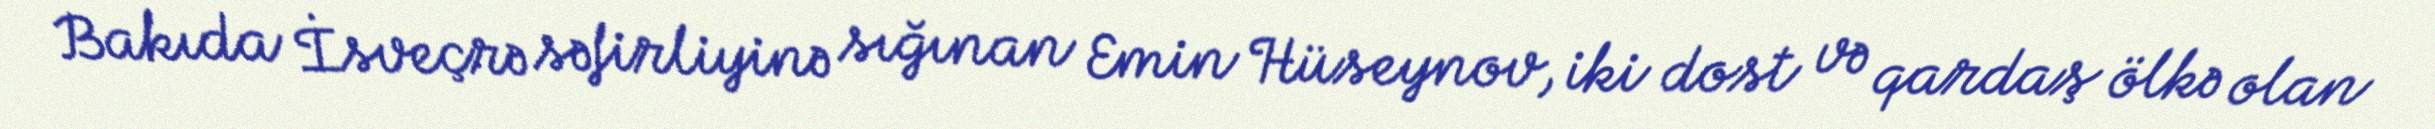
Bakıda İsveçrə səfirliyinə sığınan Emin Hüseynov, iki dost və qardaş ölkə olan